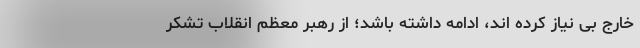
خارج بی نیاز کرده اند، ادامه داشته باشد؛ از رهبر معظم انقلاب تشکر